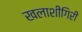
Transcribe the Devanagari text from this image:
खलाशीगिरी